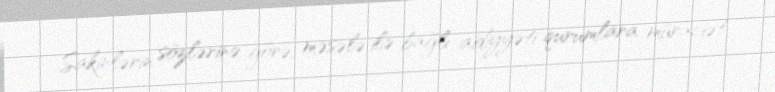
Sakinlərin sözlərinə görə, məsələ ilə bağlı aidiyyəti qurumlara müraciət